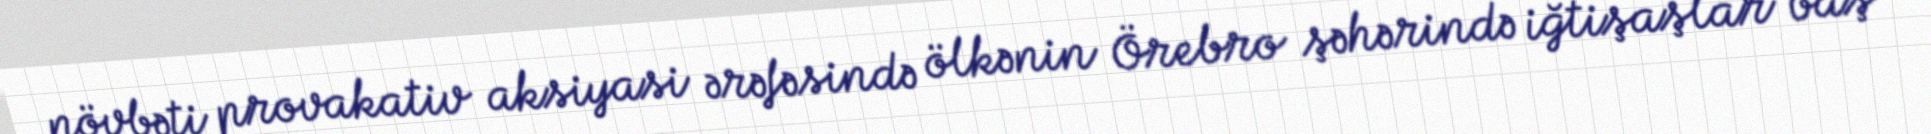
növbəti provakativ aksiyasi ərəfəsində ölkənin Örebro şəhərində iğtişaşlar baş